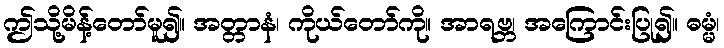
ဤသို့မိန့်တော်မူ၍။ အတ္တာနံ၊ ကိုယ်တော်ကို။ အာရဗ္ဘ၊ အကြောင်းပြု၍။ ဓမ္မံ၊